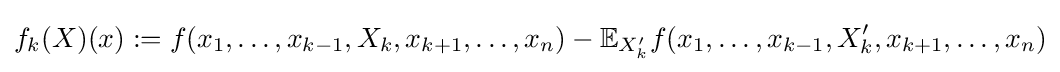
f_{k}(X)(x):=f(x_{1},\ldots ,x_{k-1},X_{k},x_{k+1},\ldots ,x_{n})-\mathbb {E} _{X'_{k}}f(x_{1},\ldots ,x_{k-1},X'_{k},x_{k+1},\ldots ,x_{n})